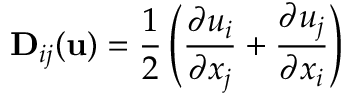
\mathbf { D } _ { i j } ( \mathbf { u } ) = \frac { 1 } { 2 } \left( \frac { \partial u _ { i } } { \partial x _ { j } } + \frac { \partial u _ { j } } { \partial x _ { i } } \right)